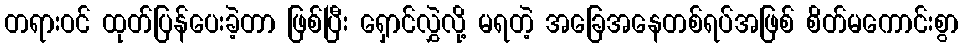
တရားဝင် ထုတ်ပြန်ပေးခဲ့တာ ဖြစ်ပြီး ရှောင်လွှဲလို့ မရတဲ့ အခြေအနေတစ်ရပ်အဖြစ် စိတ်မကောင်းစွာ